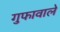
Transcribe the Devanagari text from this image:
गुफावाले